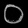
Digit: ၀